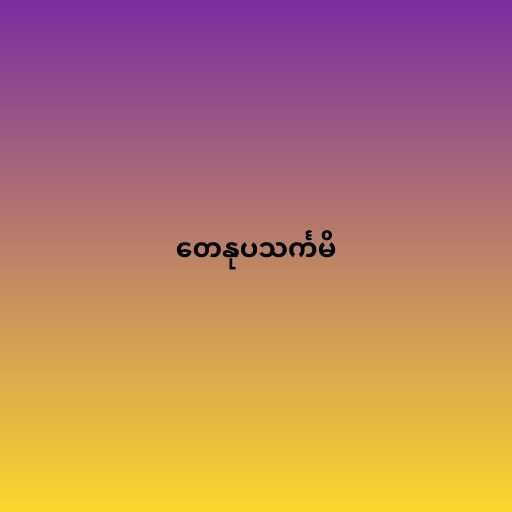
တေနုပသင်္ကမိ